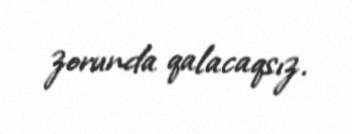
zorunda qalacaqsız.